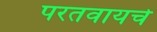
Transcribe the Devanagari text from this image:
परतवायचे